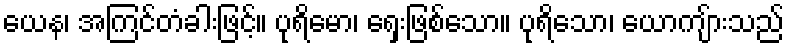
ယေန၊ အကြင်တံခါးဖြင့်။ ပုရိမော၊ ရှေးဖြစ်သော။ ပုရိသော၊ ယောကျ်ားသည်